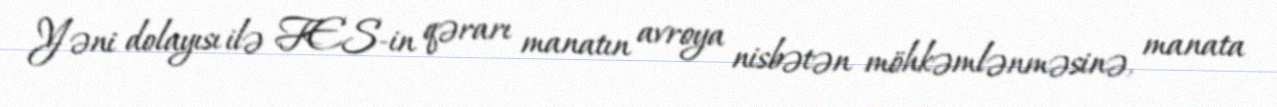
Yəni dolayısı ilə FES-in qərarı manatın avroya nisbətən möhkəmlənməsinə, manata